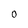
Character: 0